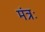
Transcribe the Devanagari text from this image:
मंत्रः